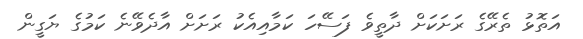
އަތޮޅު ތެރޭގެ ރަށަކަށް ދާތީވެ ފަސޭހަ ކަމާއިއެކު ރަށަށް އާދެވޭނެ ކަމުގެ ޔަގީން